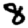
Digit: 8